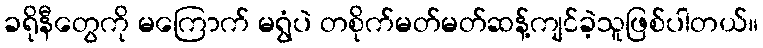
ခရိုနီတွေကို မကြောက် မရွံပဲ တစိုက်မတ်မတ်ဆန့်ကျင်ခဲ့သူဖြစ်ပါတယ်။